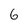
Character: 6